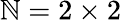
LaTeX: \mathbb{N}=2\times2